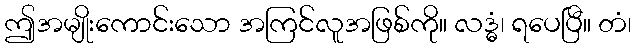
ဤအမျိုးကောင်းသော အကြင်လူအဖြစ်ကို။ လဒ္ဓံ၊ ရပေပြီ။ တံ၊